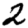
Digit: 2